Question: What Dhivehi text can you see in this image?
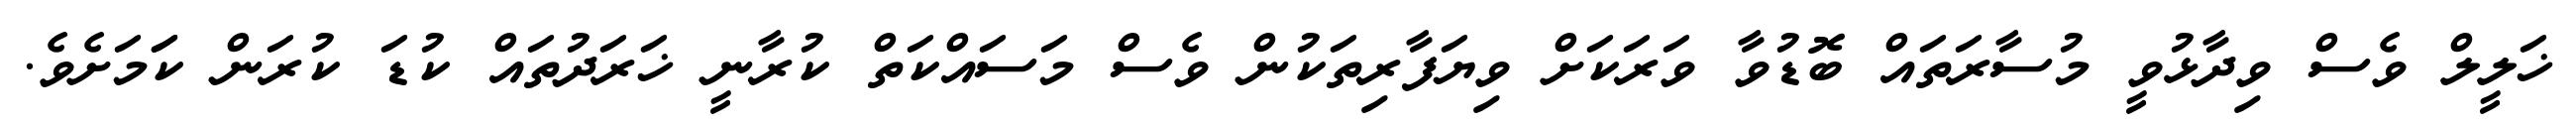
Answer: ޚަލީލް ވެސް ވިދާޅުވީ މުސާރަތައް ބޮޑުވާ ވަރަކަށް ވިޔަފާރިތަކުން ވެސް މަސައްކަތް ކުރާނީ ޚަރަދުތައް ކުޑަ ކުރަން ކަަމަށެވެ.